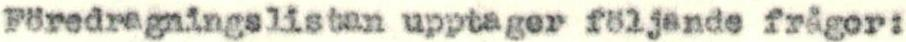
Föredragningslistan upptager följande frågor: